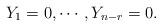
LaTeX: \begin{align*} Y_1=0, \cdots, Y_{n-r}=0.\end{align*}